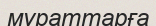
мұраттарға